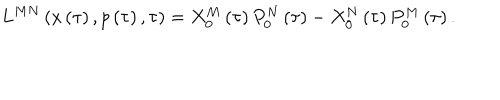
L ^ { M N } \left( x \left( \tau \right) , p \left( \tau \right) , \tau \right) = X _ { 0 } ^ { M } \left( \tau \right) P _ { 0 } ^ { N } \left( \tau \right) - X _ { 0 } ^ { N } \left( \tau \right) P _ { 0 } ^ { M } \left( \tau \right) .